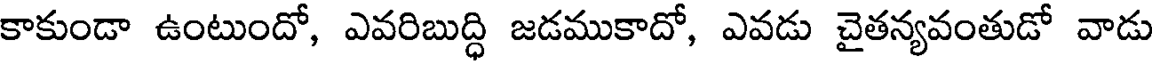
కాకుండా ఉంటుందో, ఎవరిబుద్ధి జడముకాదో, ఎవడు చైతన్యవంతుడో వాడు